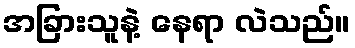
အခြားသူနဲ့ နေရာ လဲသည်။